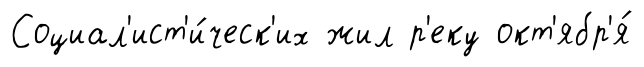
Социал'ист'и́ческ'их жил р'еку окт'ябр'я́